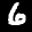
Label: 6